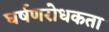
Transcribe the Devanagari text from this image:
घर्षणरोधकता